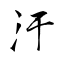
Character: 汙